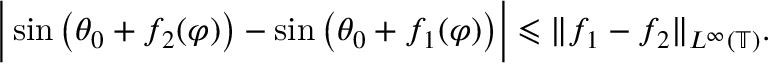
\Big | \sin \big ( \theta _ { 0 } + f _ { 2 } ( \varphi ) \big ) - \sin \big ( \theta _ { 0 } + f _ { 1 } ( \varphi ) \big ) \Big | \leqslant \| f _ { 1 } - f _ { 2 } \| _ { L ^ { \infty } ( \mathbb { T } ) } .